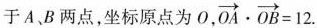
于A、B两点，坐标原点为O, $$\overrightarrow{OA}\cdot \overrightarrow{OB}=12$$.